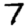
Digit: 7